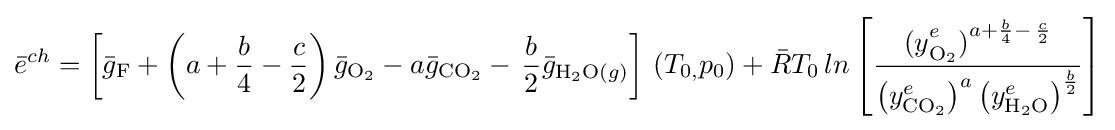
{\bar {e}}^{ch}=\left[{\bar {g}}_{\mathrm {F} }+\left(a+{\frac {b}{4}}-{\frac {c}{2}}\right){\bar {g}}_{\mathrm {O_{2}} }-a{\bar {g}}_{\mathrm {CO_{2}} }-\,{\frac {b}{2}}{\bar {g}}_{\mathrm {H_{2}O} (g)}\right]\,\left(T_{0,}p_{0}\right)+{\bar {R}}T_{0}\,ln\left[{\frac {{{(y}_{\mathrm {O_{2}} }^{e})}^{a+{\frac {b}{4}}-\,{\frac {c}{2}}}}{\left(y_{\mathrm {CO_{2}} }^{e}\right)^{a}\left(y_{\mathrm {H_{2}O} }^{e}\right)^{\frac {b}{2}}}}\right]